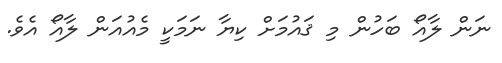
ނަން ލާއޯ ބަހުން މި ޤައުުމަށް ކިޔާ ނަމަކީ މެއުއަން ލާއޯ އެވެ.